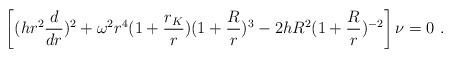
LaTeX: \begin{align*}\left [(hr^2{d\over dr})^2 + \omega^2r^4(1+{r_K\over r})(1+{R\over r})^3-2hR^2(1+{R\over r})^{-2} \right ]\nu = 0 \ .\end{align*}